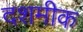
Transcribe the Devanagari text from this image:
दशमीक